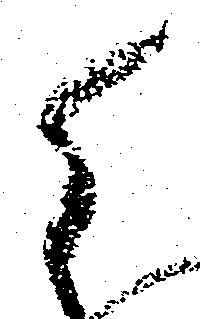
ら